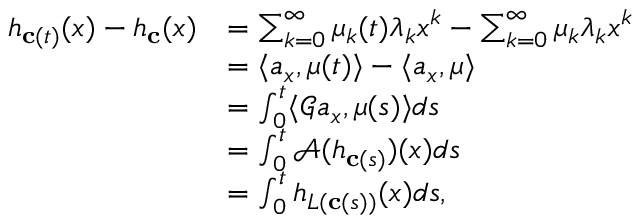
\begin{array} { r l } { h _ { { \mathbf c } ( t ) } ( x ) - h _ { \mathbf c } ( x ) } & { = \sum _ { k = 0 } ^ { \infty } { \mu } _ { k } ( t ) \lambda _ { k } x ^ { k } - \sum _ { k = 0 } ^ { \infty } { \mu } _ { k } \lambda _ { k } x ^ { k } } \\ & { = \langle a _ { x } , { \mu } ( t ) \rangle - \langle a _ { x } , { \mu } \rangle } \\ & { = \int _ { 0 } ^ { t } \langle { \mathcal G } a _ { x } , { \mu } ( s ) \rangle d s } \\ & { = \int _ { 0 } ^ { t } { \mathcal A } ( h _ { { \mathbf c } ( s ) } ) ( x ) d s } \\ & { = \int _ { 0 } ^ { t } h _ { L ( { \bf c } ( s ) ) } ( x ) d s , } \end{array}